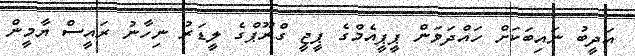
އަދީބު ނައިބަކަށް ހައްދަވަން ޕީޕީއެމްގެ ޕީޖީ ގްރޫޕްގެ ލީޑަރު ނިހާނު ރައީސް ޔާމީން